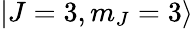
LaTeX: \mathinner{|{J=3,m_{J}=3}\rangle}